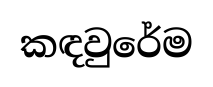
කඳවුරේම